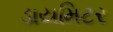
ડાયમિટર